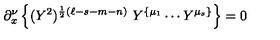
\partial _ { x } ^ { \nu } \left\{ ( Y ^ { 2 } ) ^ { \frac { 1 } { 2 } ( \ell - s - m - n ) } \ Y ^ { \{ \mu _ { 1 } } \cdots Y ^ { \mu _ { s } \} } \right\} = 0